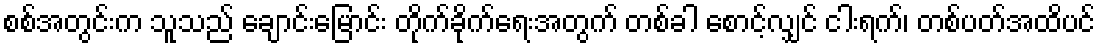
စစ်အတွင်းက သူသည် ချောင်းမြောင်း တိုက်ခိုက်ရေးအတွက် တစ်ခါ စောင့်လျှင် ငါးရက်၊ တစ်ပတ်အထိပင်